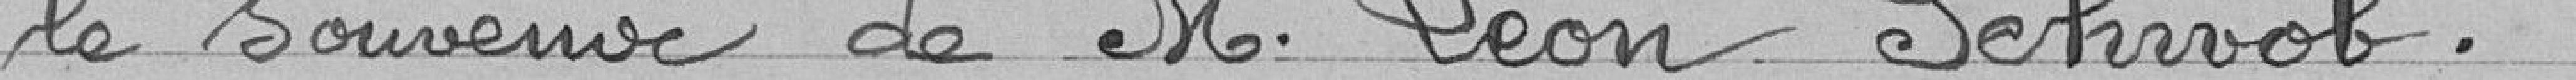
le souvenir de Monsieur Léon Schwob.